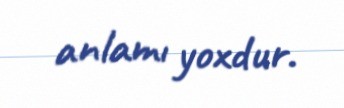
anlamı yoxdur.